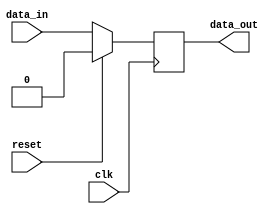
module synchronous_logic (
    input wire clk,
    input wire reset,
    input wire data_in,
    output reg data_out
);

always @(negedge clk) begin
    if (reset) begin
        data_out <= 1'b0;
    end else begin
        data_out <= data_in;
    end
end

endmodule